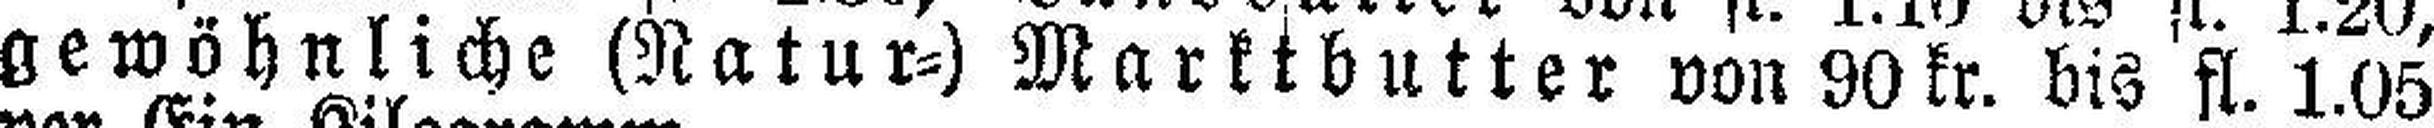
gewöhnliche (Natur=) Marktbutter von 90 kr. bis fl. 1.05